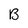
Character: B